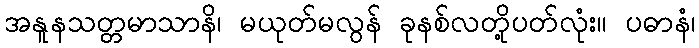
အနူနသတ္တမာသာနိ၊ မယုတ်မလွန် ခုနစ်လတို့ပတ်လုံး။ ပဓာနံ၊